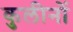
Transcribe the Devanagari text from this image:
कुलीनाें